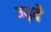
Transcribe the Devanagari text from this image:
उद्दे